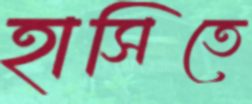
হাসিতে